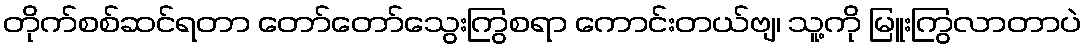
တိုက်စစ်ဆင်ရတာ တော်တော်သွေးကြွစရာ ကောင်းတယ်ဗျ၊ သူ့ကို မြူးကြွလာတာပဲ